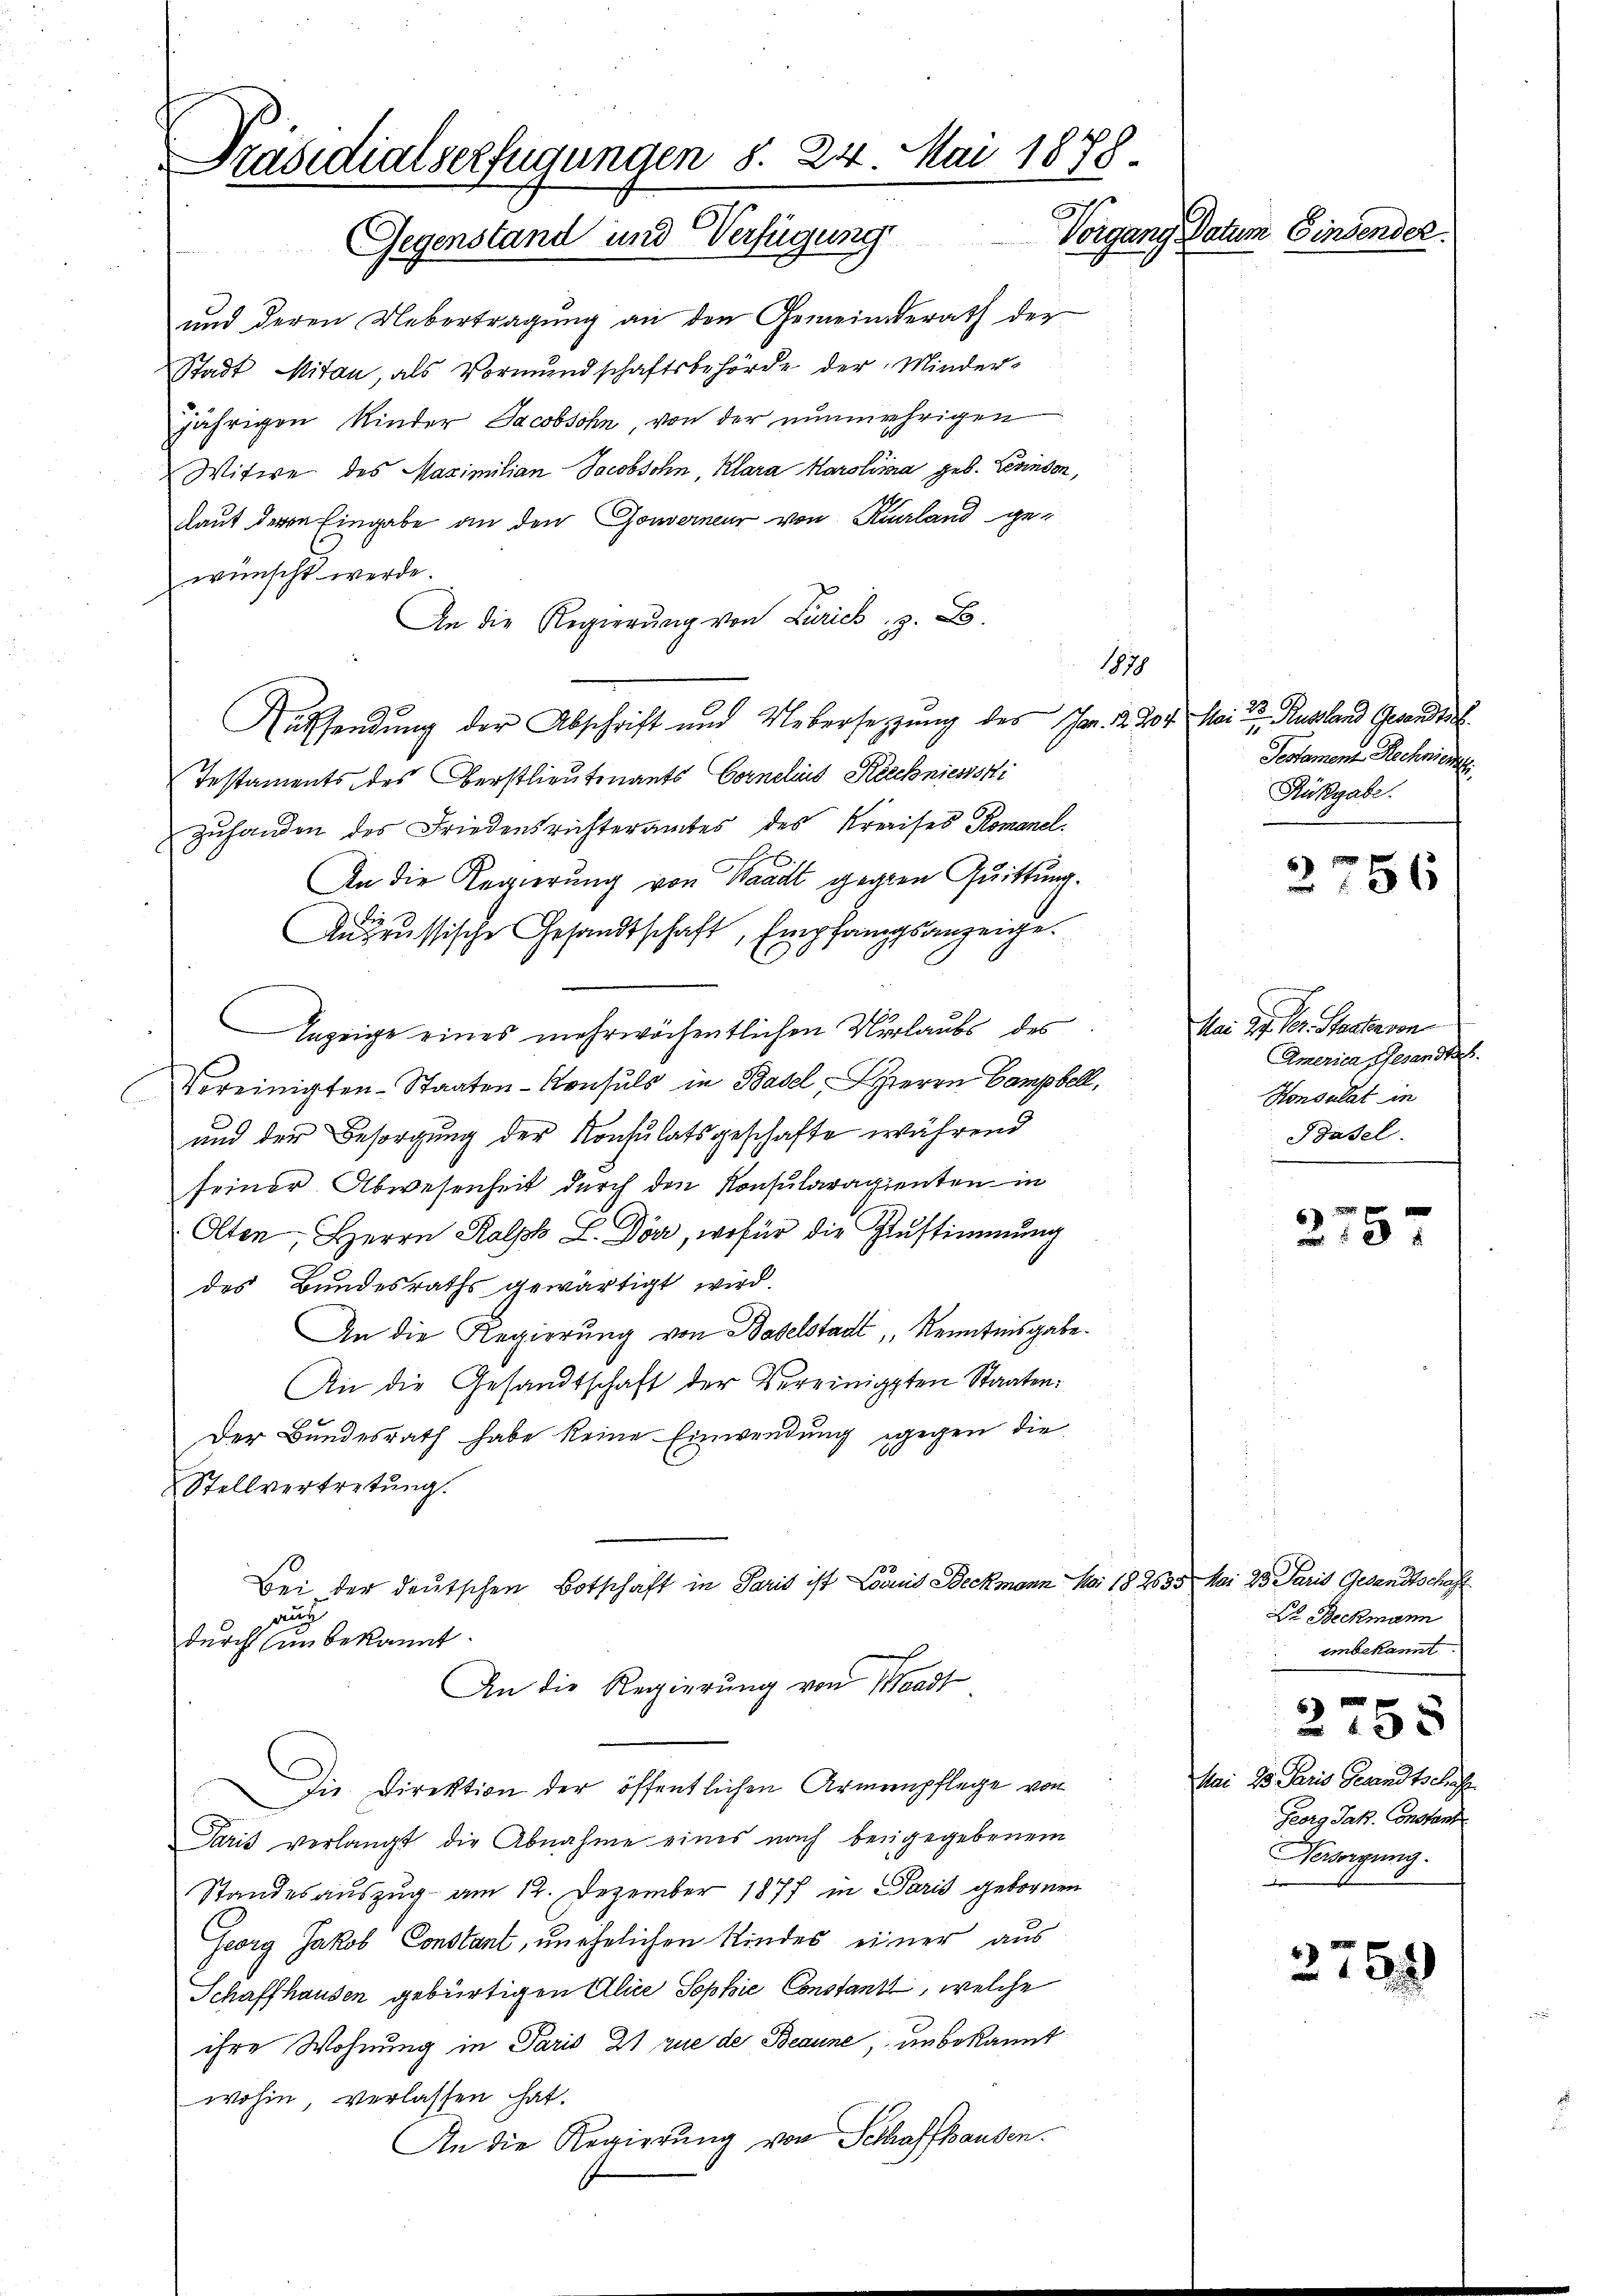
Präsidialserfügungen §. 24. Mai 1878.
Vorgang Datum Einseni
Gegenstand und Verfügung

und deren Uebertragung an den Gemeinderath der
Stadt Mitan, als Vormundschaftsbehörde der Minder-
jährigen Kinder Jacobsohn von der nunmehrigen
Witwe des Maximilian Jacobsohn, Klara Karolina geb. Levinson,
llaut deren Eingabe an den Gouverneur von Kurland gewünscht werde.
An die Regierung von Zürich, z. B.
Aussendung der Abschrift und Uebersetzung des Schm. 2. dor
Testaments des Verstlieutnants Cornelins Rechniesssti
zuhanden des Friedensrichteramtes des Kreises Romanel
An die Regierung von Waadt gegen Quittung.
An russische Gesandtschaft, Empfangsanzeige.
Anzeige eines mehrwöchentlichen Verlaubs des
Vereinigten-Staaten-Konsuls in Basel, Herrn Campbell,
und der Besorgung der Konsulatsgeschäfte während
seiner Abwesenheit durch den Konsularagienten in
Olten, Herrn Kalph L. Dör, wofür die Zustimmung
des Bundesraths gewärtigt wird.
An die Regierung von Baselstadt Kenntnisgabe
An die Gesandtschaft der Vereinigten Staaten:
Der Bundesrath habe keine Einwendung gegen die
Stellvertretung.
Bei der deutschen Botschaft in Paris ist Louis Beckmann Mai 182035 Mai 23 Paris Gesandtschaf
auch
durch in bekannt.
An die Regierung von Waadt
Die Direktion der öffentlichen Armenpflege von
Paris verlangt die Abnahme eines nach beigegebenem
Standesauszug am 12. Dezember 1877 in Paris gebornen
Georg Jakob Constant, unehelichen Kindes einer aus
Schaffhausen gebürtigen Alice Sophie Constanzt, welche
ihre Wohnung in Paris 21 rue de Beaune, unbekannt
wohin, verlassen hat.
An die Regierung von Schaffhausen.

1819

7. Mai d. Russland Gesandts
Testament Rechnienze.
Rükgabe.

2756

Mai 21. Der Staaten von
America Gesandtas.
Honsulat in
Basel.

275

Dr. Beckmann
einbekannt.

Mai 13 Paris Gesandtschaft
Georg Jak. Constant
Versorgung.
b

3755

276)